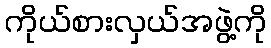
ကိုယ်စားလှယ်အဖွဲ့ကို